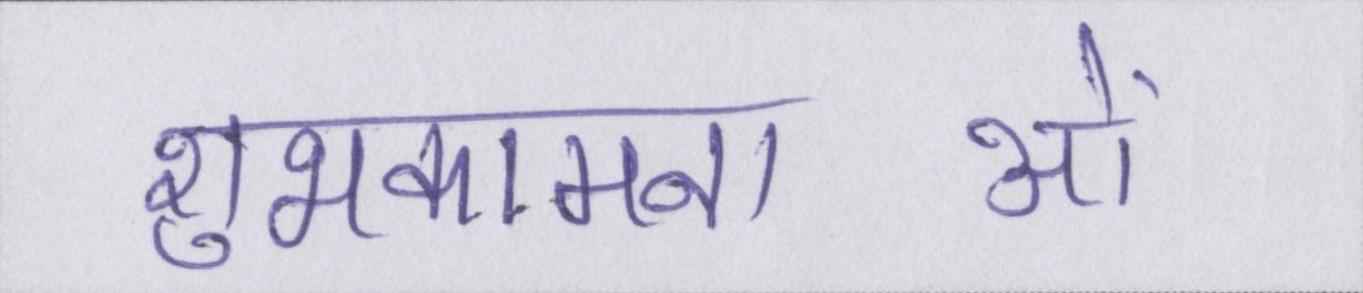
शुभकामनाओं